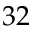
3 2